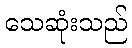
သေဆုံးသည်